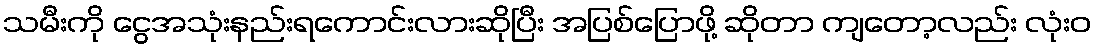
သမီးကို ငွေအသုံးနည်းရကောင်းလားဆိုပြီး အပြစ်ပြောဖို့ ဆိုတာ ကျတော့လည်း လုံးဝ